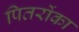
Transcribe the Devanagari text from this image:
पितरोंका